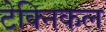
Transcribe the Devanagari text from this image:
टेक्‍िनकल